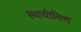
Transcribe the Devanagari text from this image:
स्थायीवित्त